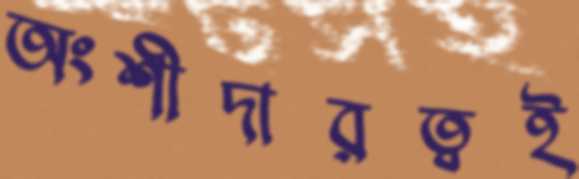
অংশীদারত্বই